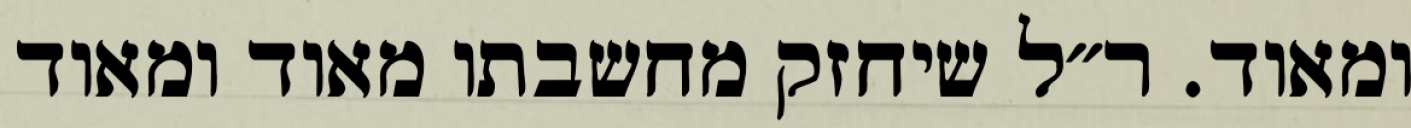
ומאוד. ר״ל שיחזק מחשבתו מאוד ומאוד